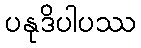
ပနုဒိပါပဿ